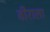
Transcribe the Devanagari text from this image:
वीराला